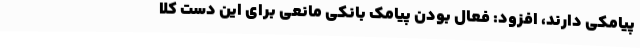
پیامکی دارند، افزود: فعال بودن پیامک بانکی مانعی برای این دست کلا